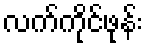
လက်ကိုင်ဖုန်း